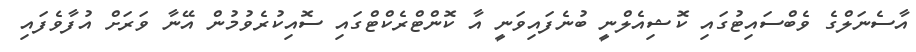
އާސެނަލްގެ ވެބްސައިޓުގައި ކޮޝިއެލްނީ ބުނެފައިވަނީ އާ ކޮންޓްރެކްޓްގައި ސޮއިކުރެވުމުން އޭނާ ވަރަށް އުފާވެފައި